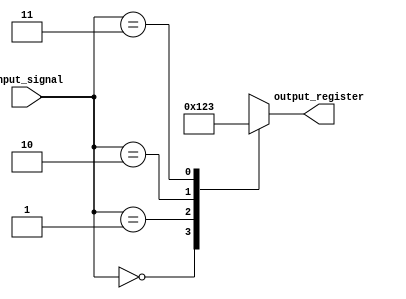
module simple_case_example (
  input [1:0] input_signal,
  output reg [3:0] output_register
);

always @(*)
begin
  case (input_signal)
    2'b00: output_register <= 4'b0000; // If input_signal is 00, set output_register to 0000
    2'b01: output_register <= 4'b0001; // If input_signal is 01, set output_register to 0001
    2'b10: output_register <= 4'b0010; // If input_signal is 10, set output_register to 0010
    2'b11: output_register <= 4'b0011; // If input_signal is 11, set output_register to 0011
  endcase
end

endmodule